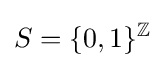
S=\lbrace 0,1\rbrace ^{\mathbb {Z} }